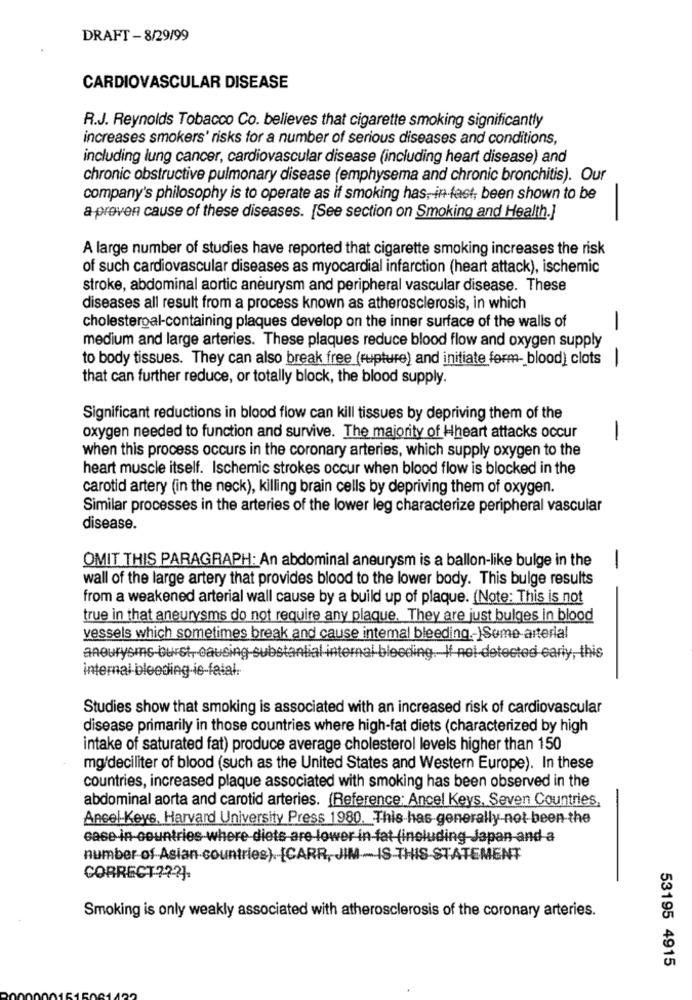
DRAFT - 8/29/99
CARDIOVASCULAR DISEASE
R.J. Reynolds Tobacco Co. believes that cigarette smoking significantly
increases smokers' risks for a number of serious diseases and conditions,
including lung cancer, cardiovascular disease (including heart disease) and
chronic obstructive pulmonary disease (emphysema and chronic bronchitis). Our
company's philosophy is to operate as if smoking has, in fast; been shown to be
-
a proven cause of these diseases. [See section on Smoking and Health.]
A large number of studies have reported that cigarette smoking increases the risk
of such cardiovascular diseases as myocardial infarction (heart attack), ischemic
stroke, abdominal aortic aneurysm and peripheral vascular disease. These
diseases all result from a process known as atherosclerosis, in which
cholestergal-containing plaques develop on the inner surface of the walls of
-
medium and large arteries. These plaques reduce blood flow and oxygen supply
to body tissues. They can also break free (rupture) and initiate form- blood) clots |
that can further reduce, or totally block, the blood supply.
Significant reductions in blood flow can kill tissues by depriving them of the
oxygen needed to function and survive. The majority of Hheart attacks occur
-
when this process occurs in the coronary arteries, which supply oxygen to the
heart muscle itself. Ischemic strokes occur when blood flow is blocked in the
carotid artery (in the neck), killing brain cells by depriving them of oxygen.
Similar processes in the arteries of the lower leg characterize peripheral vascular
disease.
OMIT THIS PARAGRAPH: An abdominal aneurysm is a ballon-like bulge in the
-
wall of the large artery that provides blood to the lower body. This bulge results
from a weakened arterial wall cause by a build up of plaque. (Note: This is not
true in that aneurysms do not require any plaque. They are just bulges in blood
vessels which sometimes break and cause internal bleeding .- )Some arterial
internal bleeding is-fatal.
Studies show that smoking is associated with an increased risk of cardiovascular
disease primarily in those countries where high-fat diets (characterized by high
intake of saturated fat) produce average cholesterol levels higher than 150
mg/deciliter of blood (such as the United States and Western Europe). In these
countries, increased plaque associated with smoking has been observed in the
abdominal aorta and carotid arteries. (Reference: Ancel Keys, Seven Countries,
Ancel Keys, Harvard University Press 1980. This has generally not been the
case in countries where-diets are lower in-fat (including Japan and a
number of-Asian countries) [CARR, JIM -IS THIS STATEMENT
CORRECT ??? J.
Smoking is only weakly associated with atherosclerosis of the coronary arteries.
53195 4915